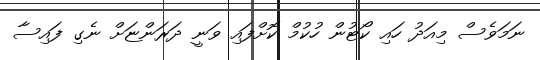
ނަމަވެސް މިއަދު ހައި ކޯޓުން ހުކުމް ކޮށްފައި ވަނީ ދަރަންޏަށް ނެގި ފައިސާ